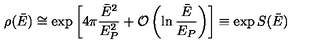
\rho ( \bar { E } ) \cong \exp \left[ 4 \pi { \frac { \bar { E } ^ { 2 } } { E _ { P } ^ { 2 } } } + { \cal O } \left( \ln { \frac { \bar { E } } { E _ { P } } } \right) \right] \equiv \exp S ( \bar { E } )